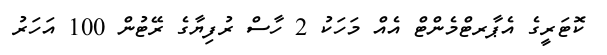
ކޮޓަރީގެ އެޕާރޓްމެންޓް އެއް މަހަކު 2 ހާސް ރުފިޔާގެ ރޭޓުން 100 އަހަރު